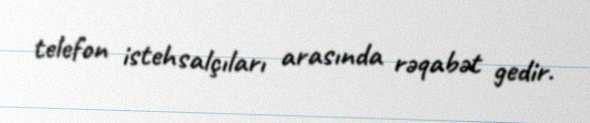
telefon istehsalçıları arasında rəqabət gedir.